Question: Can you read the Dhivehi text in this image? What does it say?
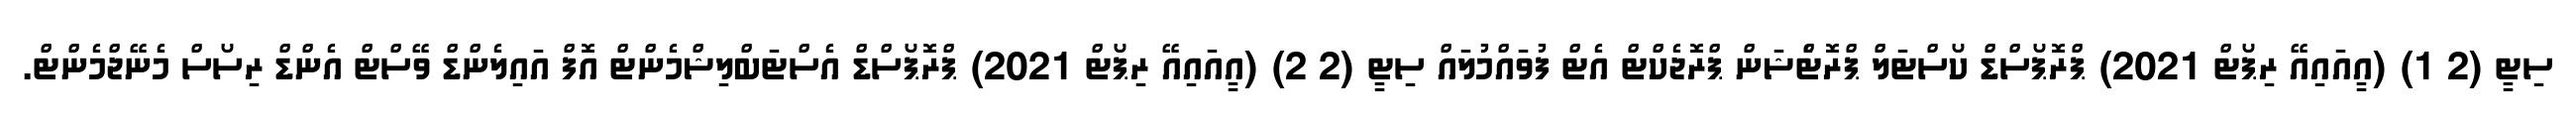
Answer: ސިޓީ (2 1) (އީއައިއޭ ރިޕޯޓް 2021) ޕްރޮޕޯސްޑް ކޯސްޓަލް ޕްރޮޓެްޝަން ޕްރޮޖެކްޓް އެޓް ފުވައްމުލައް ސިޓީ (2 2) (އީއައިއޭ ރިޕޯޓް 2021) ޕްރޮޕޯސްޑް އެސްޓަބްލިޝްމެންޓް އޮފް އައިލެންޑް ވޭސްޓް އެންޑް ރިސޯސް މެނޭޖްމެންޓް.